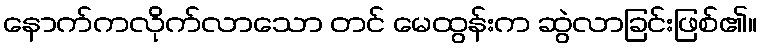
နောက်ကလိုက်လာသော တင် မေထွန်းက ဆွဲလာခြင်းဖြစ်၏။